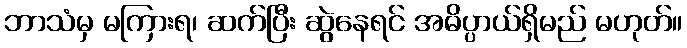
ဘာသံမှ မကြားရ၊ ဆက်ပြီး ဆွဲနေရင် အဓိပ္ပာယ်ရှိမည် မဟုတ်။